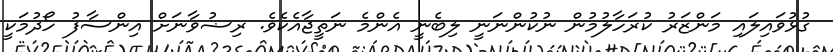
ގުޅުވައިލައި މަންޒަރު ކުރަހާލުމުން ނުކުންނަނީ ލިބެނީ އެންމެ ނަތީޖާއެކެވެ. ރިޟުވާނަށް އިންސާފު ހޯދުމަކީ